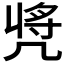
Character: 𠙝